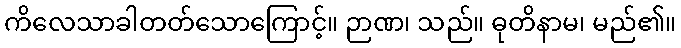
ကိလေသာခါတတ်သောကြောင့်။ ဉာဏ၊ သည်။ ဓုတိနာမ၊ မည်၏။